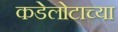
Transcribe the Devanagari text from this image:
कडेलोटाच्या